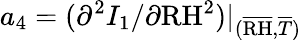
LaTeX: a_{4}=(\partial^{2}I_{1}/\partial\mathrm{RH}^{2})\vert_{(\overline{{\mathrm{RH}}},\overline{{T}})}